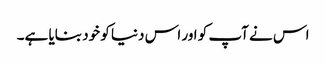
اس نے آپ کو اور اس دنیا کو خود بنایا ہے۔